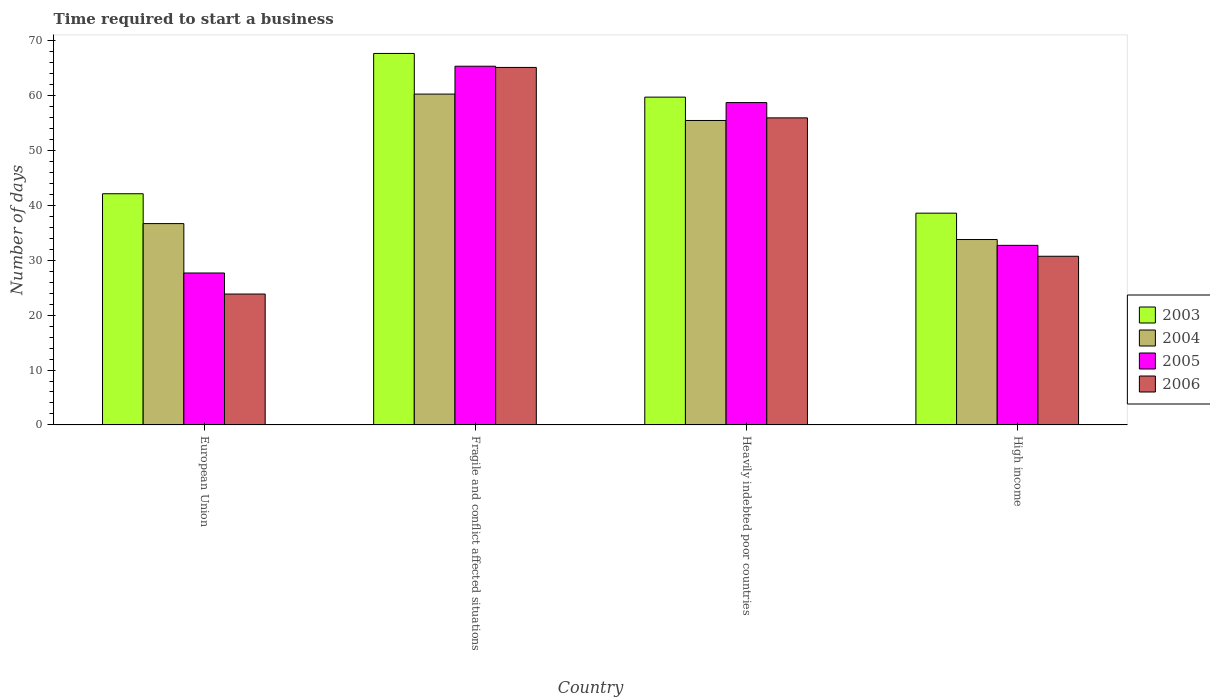
| Country | 2003 | 2004 | 2005 | 2006 |
 | --- | --- | --- | --- | --- |
 | European Union | 42.1 | 36.7 | 27.7 | 23.8 |
 | Fragile and conflict affected situations | 67.7 | 60.3 | 65.4 | 65.1 |
 | Heavily indebted poor countries | 59.7 | 55.5 | 58.7 | 55.9 |
 | High income | 38.6 | 33.8 | 32.7 | 30.7 |